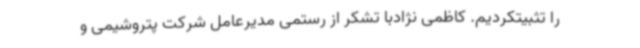
را تثبیتکردیم. کاظمی نژادبا تشکر از رستمی مدیرعامل شرکت پتروشیمی و